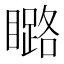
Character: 𱳍